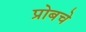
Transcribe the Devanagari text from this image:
प्रोबचे